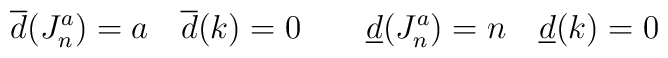
\overline{d}(J^a_n)=a \quad \overline{d}(k)=0 \qquad \underline{d}(J^a_n)=n\quad \underline{d}(k)=0